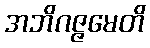
အဘိဂဇ္ဇမေတိ